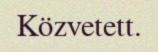
Közvetett.